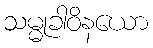
သမ္မုခါဝိနယော